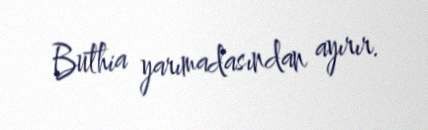
Buthia yarımadasından ayırır.